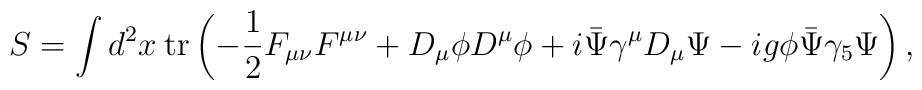
S  =  \int d^2 x \hspace{1mm} \mbox{tr} \left(-\frac{1}{2} F_{\mu \nu}F^{\mu \nu}+D_\mu \phi D^\mu \phi +i \bar{\Psi}\gamma^\mu D_{\mu}\Psi -ig\phi\bar{\Psi}\gamma_5\Psi \right),